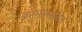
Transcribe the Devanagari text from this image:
कामांसमवेत